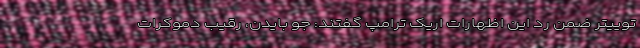
توییتر ضمن رد این اظهارات اریک ترامپ گفتند: جو بایدن، رقیب دموکرات